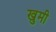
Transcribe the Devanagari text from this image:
खुमी